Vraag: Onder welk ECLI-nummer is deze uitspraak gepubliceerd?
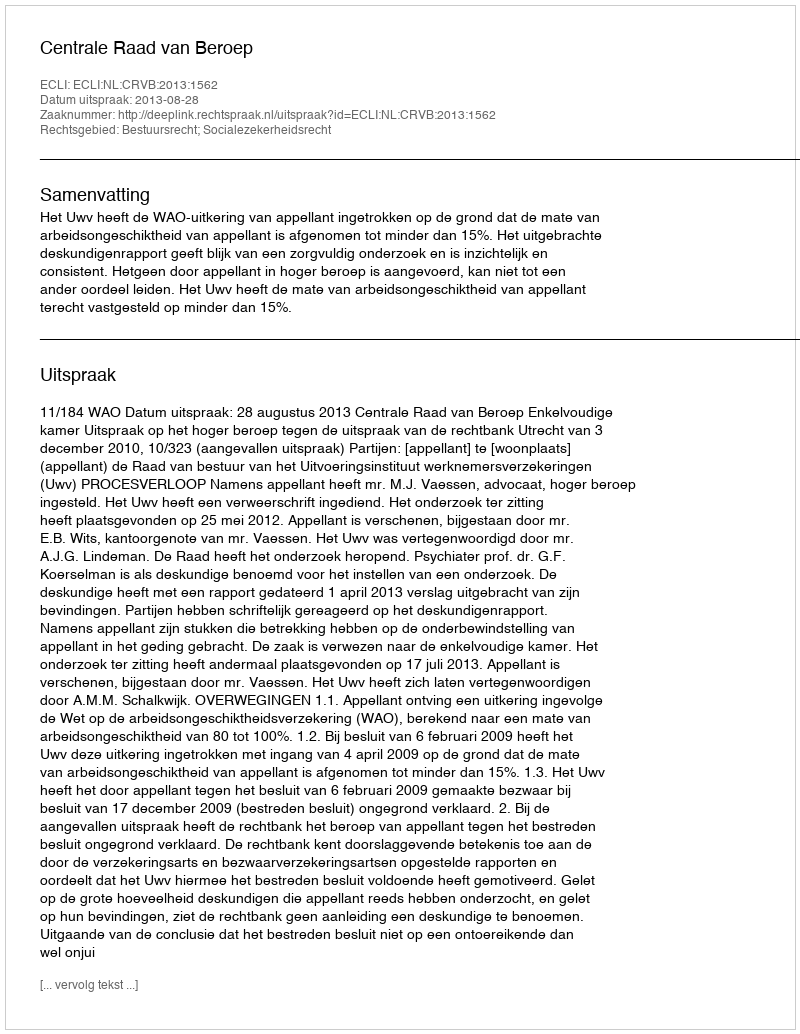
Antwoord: ECLI:NL:CRVB:2013:1562